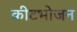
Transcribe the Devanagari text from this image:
कीटभोजन